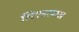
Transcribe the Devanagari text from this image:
लिएडरबाख